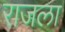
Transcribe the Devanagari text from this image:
राजला